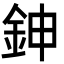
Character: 鉮